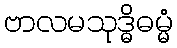
ဗာလမသုဒ္ဓိဓမ္မံ